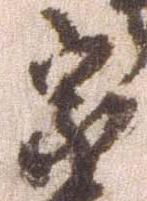
宗